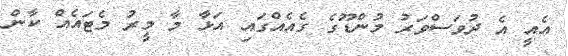
އެއީ އެ ދުވަސްވަރު މުންޑޫގެ ގެއެއްގައި އަޅާ މާ މީރު މެޓައެއް ކާން